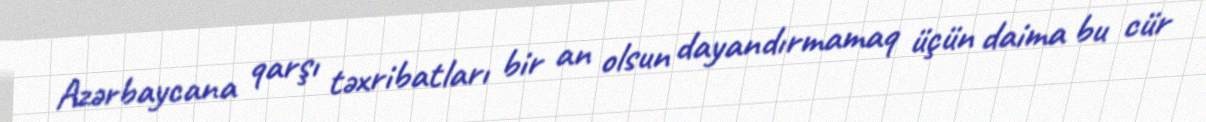
Azərbaycana qarşı təxribatları bir an olsun dayandırmamaq üçün daima bu cür